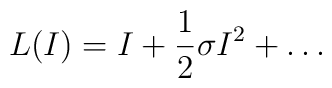
L(I)=I+\frac12 \sigma I^2 +\dots